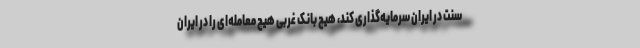
سنت در ایران سرمایه‌گذاری کند، هیچ بانک غربی هیچ معامله‌ای را در ایران